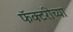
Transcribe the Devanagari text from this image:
फॅक्टरीच्या